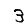
Digit: 3